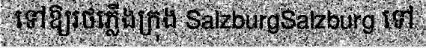
ទៅឱ្យរថភ្លើងក្រុង SalzburgSalzburg ទៅ